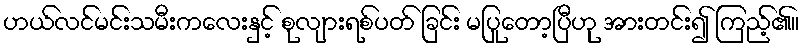
ဟယ်လင်မင်းသမီးကလေးနှင့် စုလျားရစ်ပတ် ခြင်း မပြုတော့ပြီဟု အားတင်း၍ ကြည့်၏။